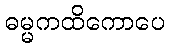
ဓမ္မကထိကောပေ